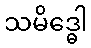
သမိဒ္ဓေါ